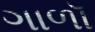
ગાળૉ